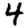
Digit: 4